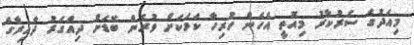
މިއަދުގެ ސަރުކާރު މިއޮތީ އެހެން ހުރިހާ ކަމަކަށް ވުރެން ބޮޑަށް ދިއްގަރު ދާއިރާގެ